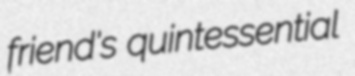
friend's quintessential